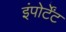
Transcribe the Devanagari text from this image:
इंपोर्टेंट